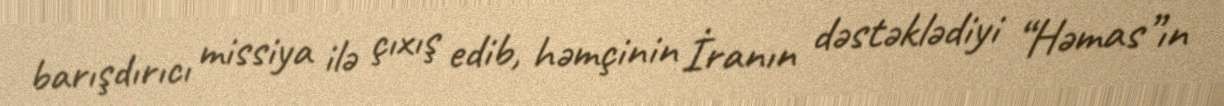
barışdırıcı missiya ilə çıxış edib, həmçinin İranın dəstəklədiyi “Həmas”ın